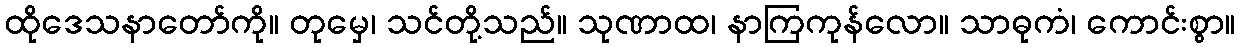
ထိုဒေသနာတော်ကို။ တုမှေ၊ သင်တို့သည်။ သုဏာထ၊ နာကြကုန်လော။ သာဓုကံ၊ ကောင်းစွာ။